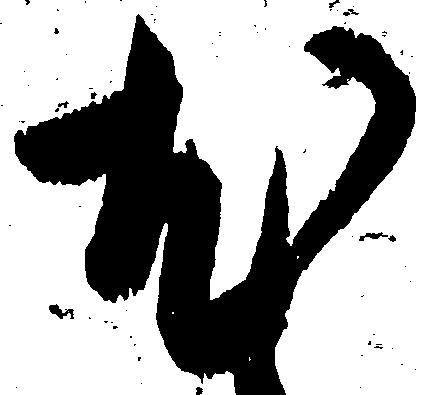
尤